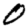
Digit: 0